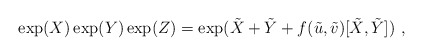
\begin{align*}\exp(X) \exp(Y) \exp(Z)= \exp({\tilde X+\tilde Y+f(\tilde u,\tilde v)[\tilde X,\tilde Y]}) \ ,\end{align*}